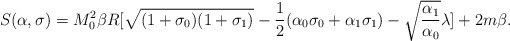
\begin{align*}S(\alpha,\sigma) = M_0^2\beta R[\sqrt{(1+\sigma_0)(1+\sigma_1)} - \frac{1}{2}(\alpha_0\sigma_0+\alpha_1\sigma_1)-\sqrt{\frac{\alpha_1}{\alpha_0}}\lambda]+2m\beta.\end{align*}